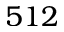
5 1 2